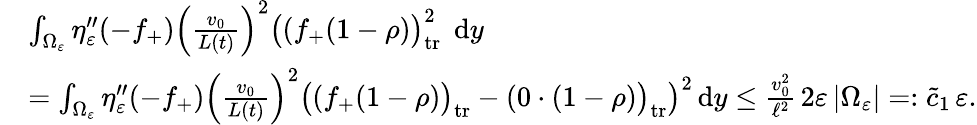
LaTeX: \begin{array}{rl}&{\int_{\Omega_{\varepsilon}}\eta_{\varepsilon}^{\prime\prime}(-f_{+})\left(\frac{v_{0}}{L(t)}\right)^{2}\bigl((f_{+}(1-\rho)\bigr)_{\mathrm{tr}}^{2}\; \, \textup{d}y}\\ &{=\int_{\Omega_{\varepsilon}}\eta_{\varepsilon}^{\prime\prime}(-f_{+})\Big(\frac{v_{0}}{L(t)}\Big)^{2}\bigl((f_{+}(1-\rho)\bigr)_{\mathrm{tr}}-(0\cdot(1-\rho)\bigr)_{\mathrm{tr}}\bigr)^{2}\, \textup{d}y\le\frac{v_{0}^{2}}{\ell^{2}}\, 2\varepsilon\, |\Omega_{\varepsilon}|=:\tilde{c}_{1}\, \varepsilon.}\end{array}